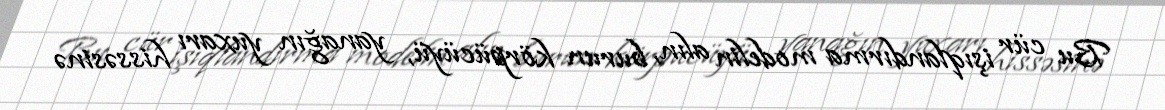
Bu cür işıqlandırma modelin alın, burun körpücüyü, yanağın yuxarı hissəsinə